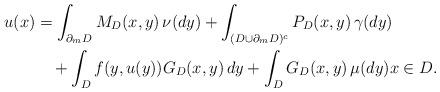
LaTeX: \begin{align*}u(x)&=\int_{\partial_m D}M_D(x,y)\,\nu(dy)+\int_{(D\cup\partial_mD)^c}P_D(x,y)\,\gamma(dy)\\&\quad+\int_Df(y,u(y))G_D(x,y)\,dy+\int_DG_D(x,y)\,\mu(dy)x\in D.\end{align*}